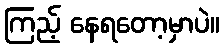
ကြည့် နေရတော့မှာပဲ။